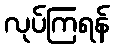
လုပ်ကြရန်